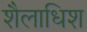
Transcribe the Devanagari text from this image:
शैलाधिश